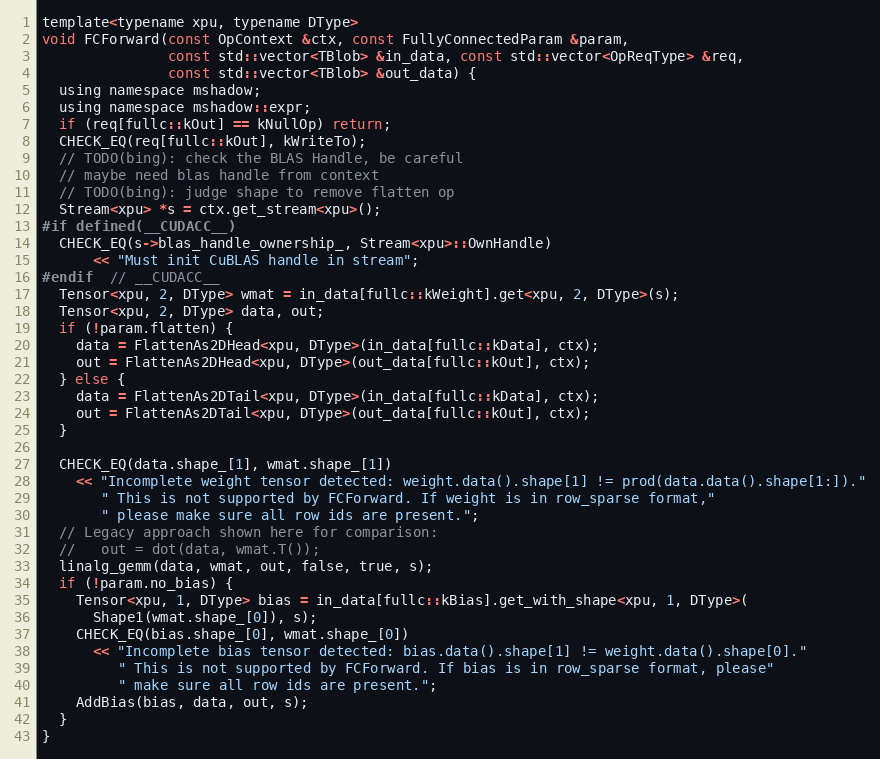
Language: C
template<typename xpu, typename DType>
void FCForward(const OpContext &ctx, const FullyConnectedParam &param,
               const std::vector<TBlob> &in_data, const std::vector<OpReqType> &req,
               const std::vector<TBlob> &out_data) {
  using namespace mshadow;
  using namespace mshadow::expr;
  if (req[fullc::kOut] == kNullOp) return;
  CHECK_EQ(req[fullc::kOut], kWriteTo);
  // TODO(bing): check the BLAS Handle, be careful
  // maybe need blas handle from context
  // TODO(bing): judge shape to remove flatten op
  Stream<xpu> *s = ctx.get_stream<xpu>();
#if defined(__CUDACC__)
  CHECK_EQ(s->blas_handle_ownership_, Stream<xpu>::OwnHandle)
      << "Must init CuBLAS handle in stream";
#endif  // __CUDACC__
  Tensor<xpu, 2, DType> wmat = in_data[fullc::kWeight].get<xpu, 2, DType>(s);
  Tensor<xpu, 2, DType> data, out;
  if (!param.flatten) {
    data = FlattenAs2DHead<xpu, DType>(in_data[fullc::kData], ctx);
    out = FlattenAs2DHead<xpu, DType>(out_data[fullc::kOut], ctx);
  } else {
    data = FlattenAs2DTail<xpu, DType>(in_data[fullc::kData], ctx);
    out = FlattenAs2DTail<xpu, DType>(out_data[fullc::kOut], ctx);
  }

  CHECK_EQ(data.shape_[1], wmat.shape_[1])
    << "Incomplete weight tensor detected: weight.data().shape[1] != prod(data.data().shape[1:])."
       " This is not supported by FCForward. If weight is in row_sparse format,"
       " please make sure all row ids are present.";
  // Legacy approach shown here for comparison:
  //   out = dot(data, wmat.T());
  linalg_gemm(data, wmat, out, false, true, s);
  if (!param.no_bias) {
    Tensor<xpu, 1, DType> bias = in_data[fullc::kBias].get_with_shape<xpu, 1, DType>(
      Shape1(wmat.shape_[0]), s);
    CHECK_EQ(bias.shape_[0], wmat.shape_[0])
      << "Incomplete bias tensor detected: bias.data().shape[1] != weight.data().shape[0]."
         " This is not supported by FCForward. If bias is in row_sparse format, please"
         " make sure all row ids are present.";
    AddBias(bias, data, out, s);
  }
}